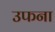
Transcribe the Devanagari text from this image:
उफना